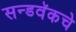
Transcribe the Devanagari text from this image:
सन्डवॅकचे